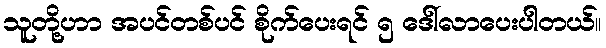
သူတို့ဟာ အပင်တစ်ပင် စိုက်ပေးရင် ၅ ဒေါ်လာပေးပါတယ်။